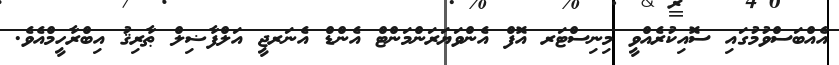
އެއްބަސްވުމުގައި ސޮއިކުރެއްވީ މިނިސްޓަރ އޮފް އެންވަޔަރަންމަންޓް އެންޑް އެނަރޖީ އަލްފާޟިލް ޠާރިޤު އިބްރާހީމްއެވެ.